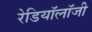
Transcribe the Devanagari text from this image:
रेडियॉलॉजी